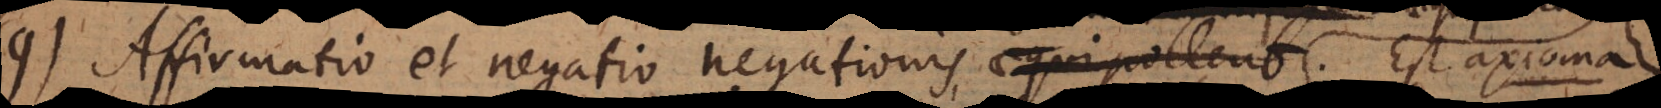
7) Affirmatio et negatio negationis aequipollent (bb) Est axioma